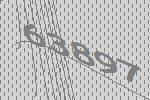
63897